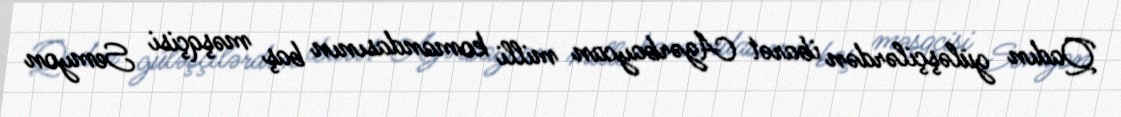
Qadın güləşçilərdən ibarət Azərbaycan milli komandasının baş məşqçisi Semyon